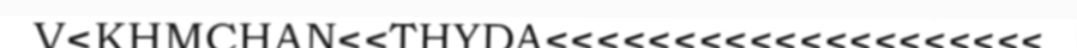
V<KHMCHAN<<THYDA<<<<<<<<<<<<<<<<<<<<